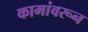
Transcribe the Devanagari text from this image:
कामांवरून